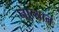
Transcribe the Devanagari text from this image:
नात्यानं